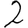
Digit: 2